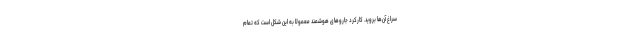
سراغ آن‌ها بروید. کارکرد جاروهای هوشمند معمولا به این شکل است که تمام